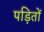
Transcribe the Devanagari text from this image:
पड़ितों